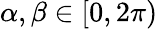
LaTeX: \alpha,\beta\in[0,2\pi)